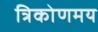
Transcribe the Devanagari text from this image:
त्रिकोणमय